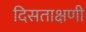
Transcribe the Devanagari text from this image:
दिसताक्षणी